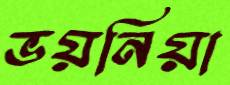
ভয়নিয়া